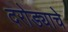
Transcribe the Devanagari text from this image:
दरोड्याचे